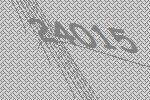
24015